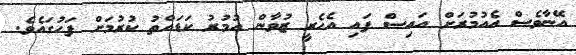
އޭނާވެސް އެއުމުރަށް އައިސް ފައި އެހެރީ ޒުވާން އުމުރު ކަޑައްތު ކުރުމަށް ފަހުގައެވެ.